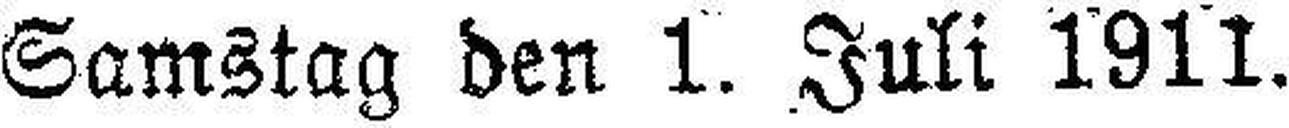
Samstag den 1. Juli 1911.